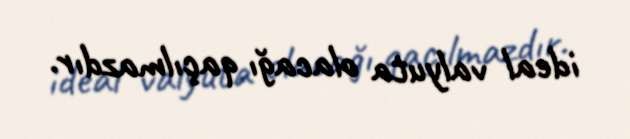
ideal valyuta olacağı qaçılmazdır.